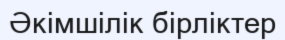
Әкімшілік бірліктер